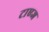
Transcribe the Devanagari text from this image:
टाएज